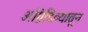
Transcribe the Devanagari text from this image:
अग्निदिव्यातून